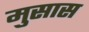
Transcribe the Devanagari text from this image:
मुसास